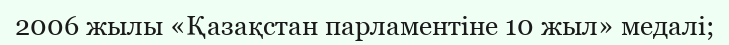
2006 жылы «Қазақстан парламентіне 10 жыл» медалі;